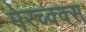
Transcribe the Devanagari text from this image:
मेरच्क्क्स